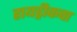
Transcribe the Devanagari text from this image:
हायड्रीकचा